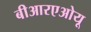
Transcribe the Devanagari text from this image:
बीआरएओयू